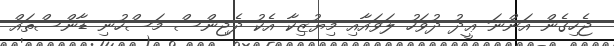
ޖެހިގެން އަންނަ ޢީދު ދުވަހު ލަވައާއި މިޔުޒިކާ އެކު ދެޖިންސް މަސްހުނި ޑާންސްތައް